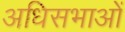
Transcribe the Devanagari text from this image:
अधिसभाओं